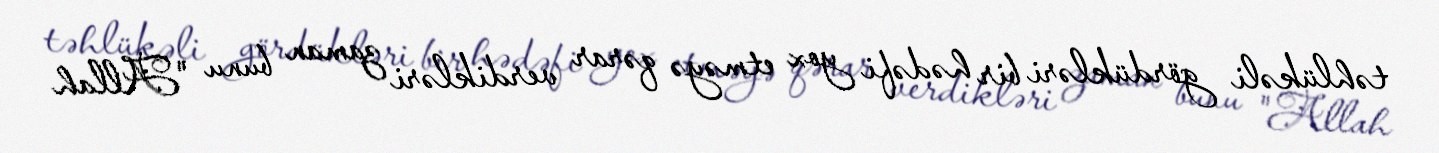
təhlükəli gördükləri bir hədəfi yox etməyə qərar verdikləri zaman bunu "Allah